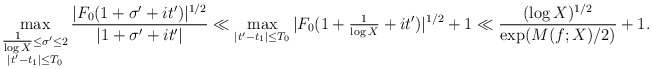
\begin{align*}\max_{\substack{\tfrac{1}{\log X} \leq \sigma' \leq 2 \\ |t'-t_1| \leq T_0}} \frac{|F_0(1+\sigma' + it')|^{1/2} }{|1+\sigma' + it'|} \ll \max_{|t'-t_1| \leq T_0} |F_0(1+\tfrac{1}{\log X} + it')|^{1/2} + 1 \ll \frac{(\log X)^{1/2}}{\exp(M(f; X)/2)} + 1.\end{align*}